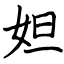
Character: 妲